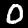
Digit: 0